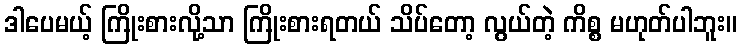
ဒါပေမယ့် ကြိုးစားလို့သာ ကြိုးစားရတယ် သိပ်တော့ လွယ်တဲ့ ကိစ္စ မဟုတ်ပါဘူး။